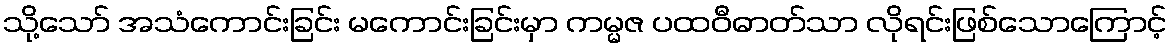
သို့သော် အသံကောင်းခြင်း မကောင်းခြင်းမှာ ကမ္မဇ ပထဝီဓာတ်သာ လိုရင်းဖြစ်သောကြောင့်